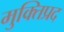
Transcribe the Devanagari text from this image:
मुक्तिप्रद